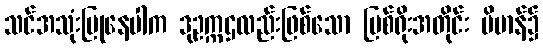
သင်အသုံးပြုနေပါက ဒုဥက္ကဌလည်းဖြစ်သော မြစ်ရိုးအတိုင်း ဗိမာန်၌